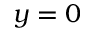
y = 0